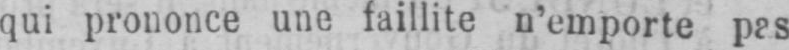
qui prononce une faillite n’emporte pas